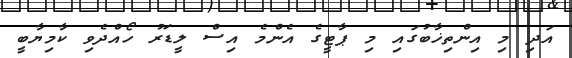
އަދި މި އިންތިޚާބުގައި މި ޕާޓީގެ އެންމެ އިސް ލީޑަރު ހޯއްދެވި ކާމިޔާބީ